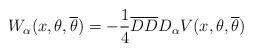
LaTeX: \begin{align*}W_{\alpha}(x,\theta,{\overline \theta}) = -\frac{1}{4}{\overline D}{\overline D} D_{\alpha} V(x,\theta,{\overline \theta})\end{align*}